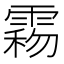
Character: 𩃻